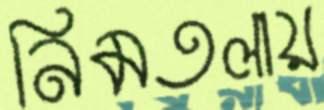
নিমতলায়